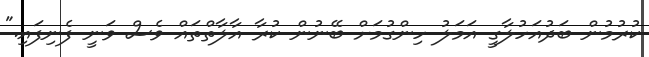
ކުރުމުން ބަދުއަހުލާގީ އަމަލު ހިންގުމަށް ބޭނުން ކުރާ އާލާތްތައް ވެސް ވަނީ ފެނިފައި."